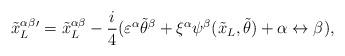
LaTeX: \begin{align*}{{\tilde x_L}^{\alpha \beta}}{}^{\prime}={{\tilde x_L}^{\alpha \beta}} - \frac{i}{4}(\varepsilon^{\alpha} {\tilde \theta}^{\beta} + \xi^{\alpha}\psi^{\beta}({\tilde x_L},{\tilde \theta}) + \alpha \leftrightarrow \beta),\end{align*}